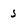
Character: s